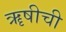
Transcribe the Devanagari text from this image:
ॠषीची